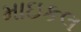
માઇકલ